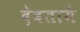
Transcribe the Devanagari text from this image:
देवतायै